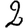
Digit: 2